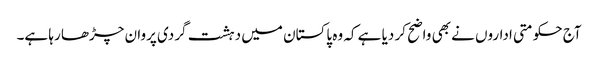
آج حکومتی اداروں نے بھی واضح کر دیا ہے کہ وہ پاکستان میں دہشت گردی پروان چڑھا رہا ہے۔